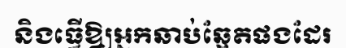
និងធ្វើឱ្យអ្នកឆាប់ឆ្អែតផងដែរ